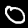
Label: 0